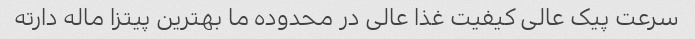
سرعت پیک عالی کیفیت غذا عالی در محدوده ما بهترین پیتزا ماله دارته